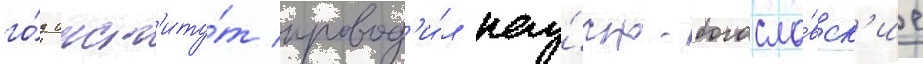
го́д инст'иту́т провод'и́л нау́чно-богосло́вск'ие